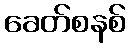
ခေတ်စနစ်